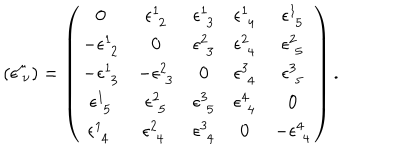
( { \epsilon } _ { \ \nu } ^ { \mu } ) = \left( \begin{array} { c c c c c } { { 0 } } & { { \epsilon _ { \, \, 2 } ^ { 1 } } } & { { \epsilon _ { \, \, 3 } ^ { 1 } } } & { { \epsilon _ { \, \, 4 } ^ { 1 } } } & { { \epsilon _ { \, \, 5 } ^ { 1 } } } \\ { { - \epsilon _ { \, \, 2 } ^ { 1 } } } & { { 0 } } & { { \epsilon _ { \, \, 3 } ^ { 2 } } } & { { \epsilon _ { \, \, 4 } ^ { 2 } } } & { { \epsilon _ { \, \, 5 } ^ { 2 } } } \\ { { - \epsilon _ { \, \, 3 } ^ { 1 } } } & { { - \epsilon _ { \, \, 3 } ^ { 2 } } } & { { 0 } } & { { \epsilon _ { \, \, 4 } ^ { 3 } } } & { { \epsilon _ { \, \, 5 } ^ { 3 } } } \\ { { \epsilon _ { \, \, 5 } ^ { 1 } } } & { { \epsilon _ { \, \, 5 } ^ { 2 } } } & { { \epsilon _ { \, \, 5 } ^ { 3 } } } & { { \epsilon _ { \, \, 4 } ^ { 4 } } } & { { 0 } } \\ { { \epsilon _ { \, \, 4 } ^ { 1 } \ } } & { { \epsilon _ { \, \, 4 } ^ { 2 } \ } } & { { \epsilon _ { \, \, 4 } ^ { 3 } } } & { { 0 } } & { { - \epsilon _ { \, \, 4 } ^ { 4 } } } \\ \end{array} \right) .